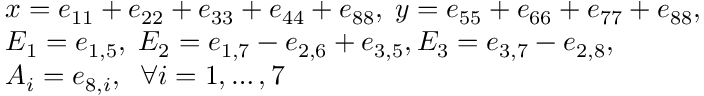
\begin{array} { r l } & { x = e _ { 1 1 } + e _ { 2 2 } + e _ { 3 3 } + e _ { 4 4 } + e _ { 8 8 } , \; y = e _ { 5 5 } + e _ { 6 6 } + e _ { 7 7 } + e _ { 8 8 } , } \\ & { E _ { 1 } = e _ { 1 , 5 } , \; E _ { 2 } = e _ { 1 , 7 } - e _ { 2 , 6 } + e _ { 3 , 5 } , E _ { 3 } = e _ { 3 , 7 } - e _ { 2 , 8 } , } \\ & { A _ { i } = e _ { 8 , i } , \; \; \forall i = 1 , \ldots , 7 } \end{array}